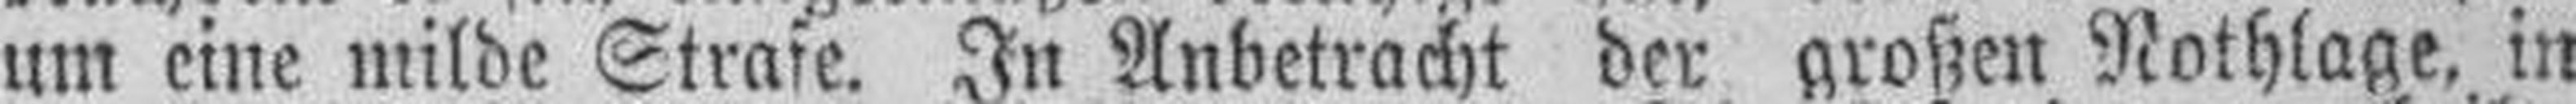
um eine milde Strafe. In Anbetracht der großen Nothlage, in